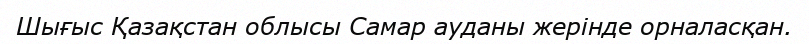
Шығыс Қазақстан облысы Самар ауданы жерінде орналасқан.